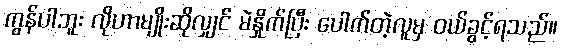
ကွန်ပါဘူး လိုဟာမျိုးဆိုလျှင် မဲနှိုက်ပြီး ပေါက်တဲ့လူမှ ဝယ်ခွင့်ရသည်။